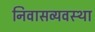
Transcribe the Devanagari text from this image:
निवासव्यवस्था